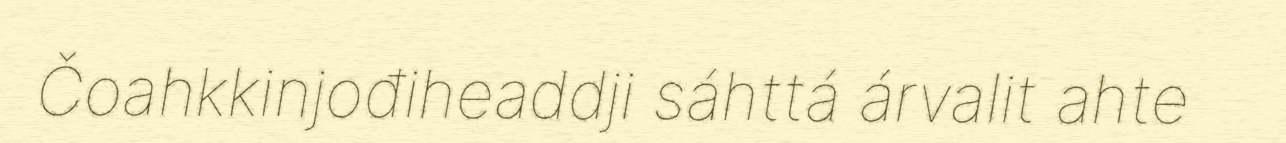
Čoahkkinjođiheaddji sáhttá árvalit ahte